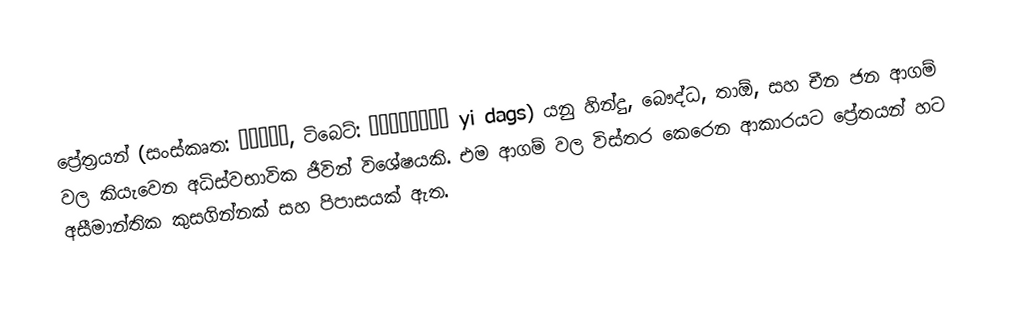
ප්‍රේත්‍රයන් (සංස්කෘත: प्रेत, ටිබෙට්: ཡི་དྭགས་ yi dags) යනු හින්දු, බෞද්ධ, තාඕ, සහ චීන ජන ආගම් වල කියැවෙන අධිස්වභාවික ජීවින් විශේෂයකි. එම ආගම් වල විස්තර කෙරෙන ආකාරයට ප්‍රේතයන් හට අසීමාන්තික කුසගින්නක් සහ පිපාසයක් ඇත.